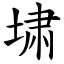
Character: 㙌